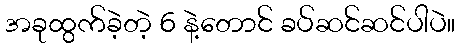
အခုထွက်ခဲ့တဲ့ 6 နဲ့တောင် ခပ်ဆင်ဆင်ပါပဲ။